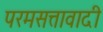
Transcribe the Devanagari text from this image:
परमसत्तावादी